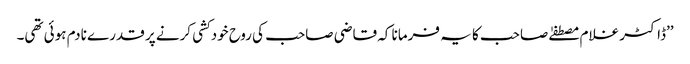
’’ڈاکٹر غلام مصطفےٰ صاحب کا یہ فرمانا کہ قاضی صاحب کی روح خودکشی کرنے پر قدرے نادم ہوئی تھی۔